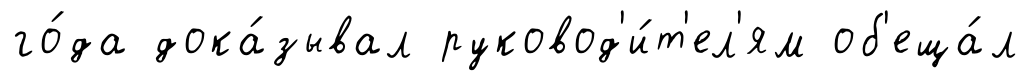
го́да дока́зывал руковод'и́т'ел'ям об'еща́л